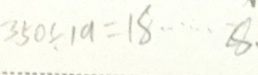
3 5 0 \div 1 9 = 1 8 \cdots 8